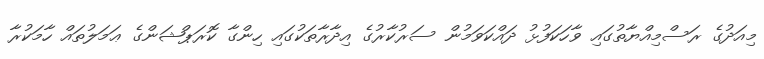
މިއަދުގެ ރަސްމިއްޔާތުގައި ވާހަކަފުޅު ދައްކަވަމުން ސަރުކާރުގެ އިދާރާތަކުގައި ހިންގާ ކޮރަޕްޝަންގެ ޢަމަލުތައް ހާމަކުރާ